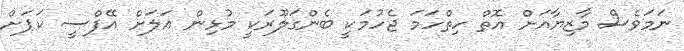
ނަމަވެސް މާޒިޔާއަށް އޮތް ހިތްހަމަ ޖެހުމަކީ ބެންގަލޫރަކީ މުޅިން އަލަށް އޭފްސީ ކަޕަށް